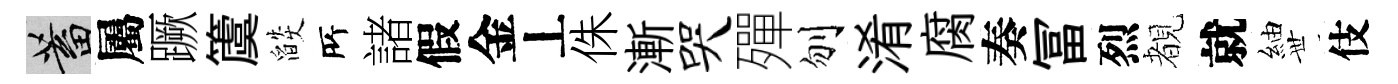
蓄屬蹶𥵂燄𠩄諸假金丄侏漸哭殫刎淆腐奏冨烈覩就紬𠀍伎